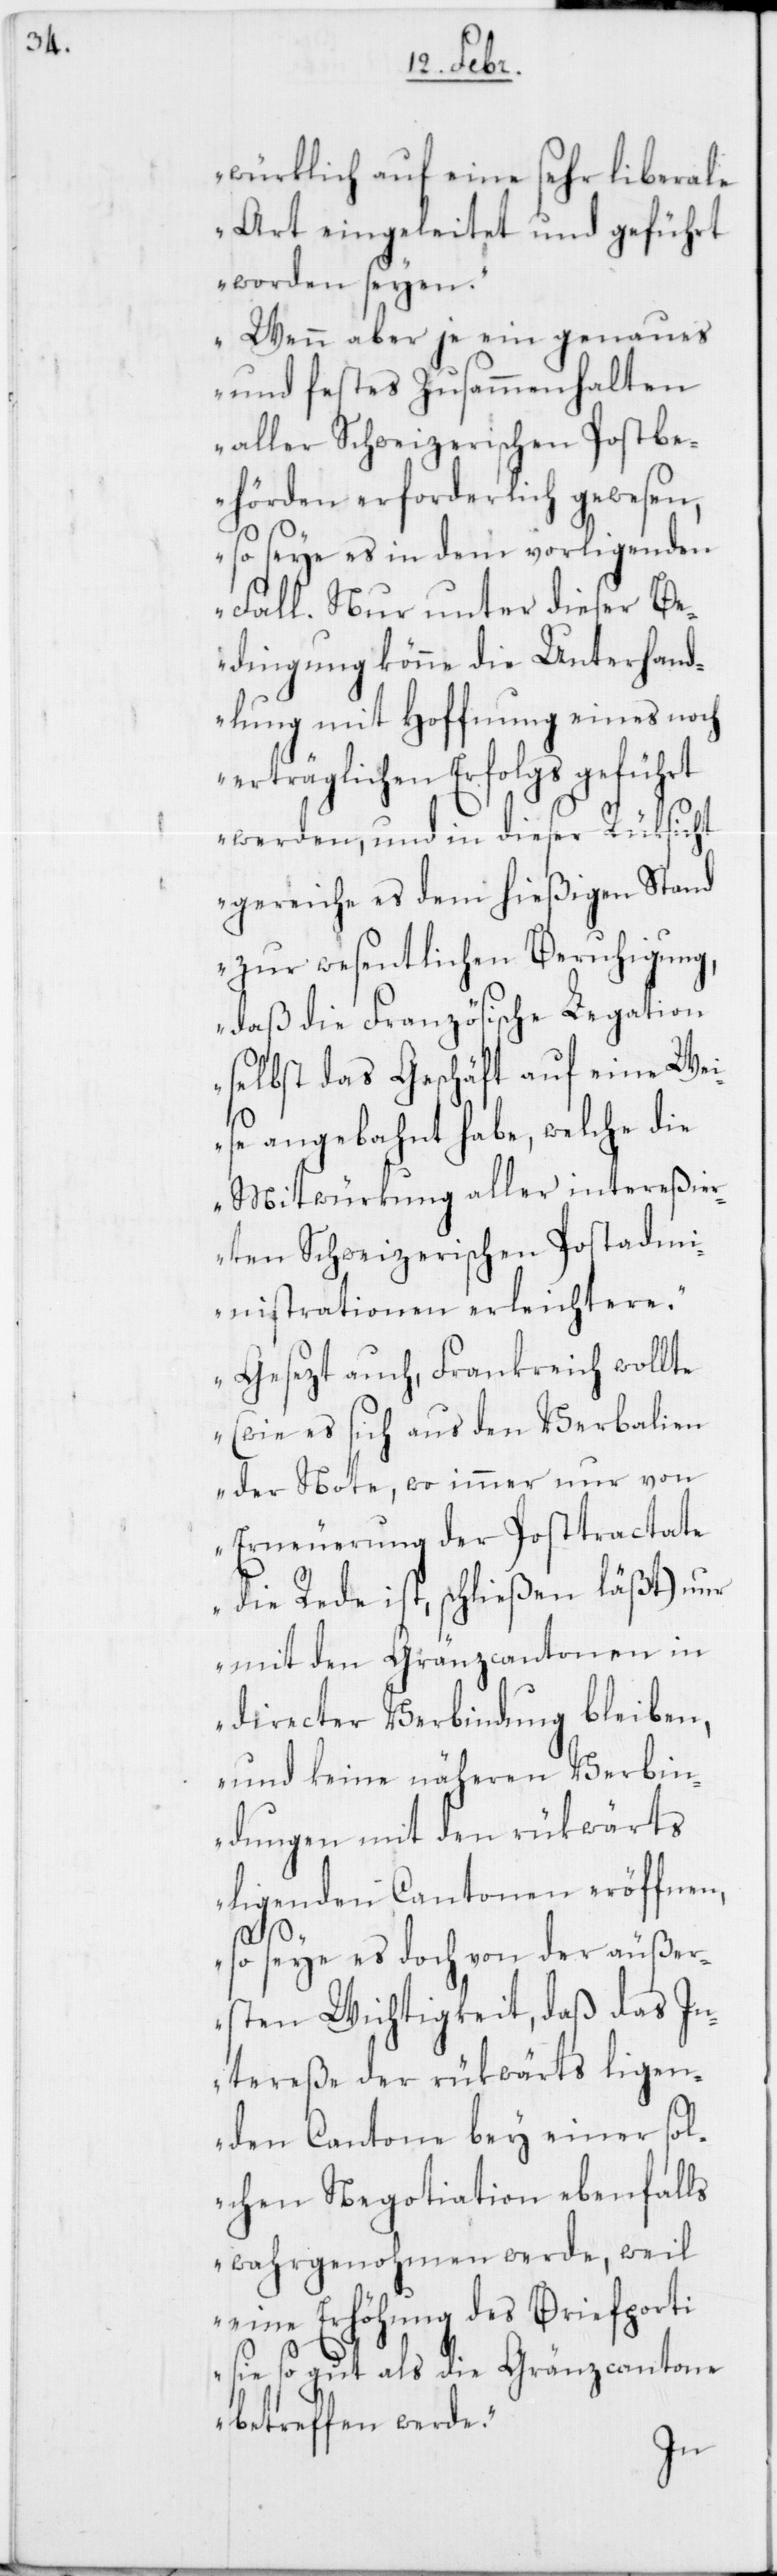
würklich auf eine sehr liberale
Art eingeleitet und geführt
worden seyen.
Wenn aber je ein genaues
und festes Zusammenhalten
aller Schweizerischen Postbe¬
hörden erforderlich gewesen,
so seye es in dem vorliegenden
Fall. Nur unter dieser Be¬
dingung könne die Unterhand¬
lung mit Hoffnung eines noch
erträglichen Erfolgs geführt
werden, und in dieser Rüksicht
gereiche es dem hießigen Stand
zur wesentlichen Beruhigung,
daß die Französische Legation
selbst das Geschäft auf eine Wei¬
se angebahnt habe, welche die
Mitwürkung aller intereßie¬
rten Schweizerischen Postadm¬
inistrationen erleichtere.
Gesezt auch, Frankreich wollte
(wie es sich aus den Verbalien
der Note, wo immer nur von
Erneuerung der Posttractate
die Rede ist, schließen läßt), nur
mit den Gränzcantonen in
directer Verbindung bleiben,
und keine näheren Verbin¬
dungen mit den rükwärts
liegenden Cantonen eröffnen,
so seye es doch von der äußer¬
sten Wichtigkeit, daß das In¬
tereße der rükwärts ligen¬
den Cantone bey einer sol¬
chen Negotiation ebenfalls
wahrgenohmen werde, weil
eine Erhöhung des Briefporti
sie so gut als die Gränzcantone
betreffen werde.